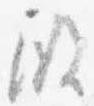
殿